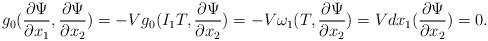
LaTeX: \begin{align*}g_0(\frac{\partial\Psi}{\partial x_1},\frac{\partial\Psi}{\partial x_2}) = -Vg_0(I_1T,\frac{\partial\Psi}{\partial x_2}) = -V\omega_1(T,\frac{\partial\Psi}{\partial x_2}) =Vdx_1(\frac{\partial\Psi}{\partial x_2}) = 0.\end{align*}